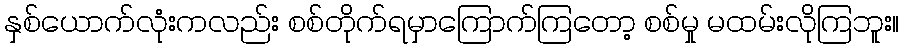
နှစ်ယောက်လုံးကလည်း စစ်တိုက်ရမှာကြောက်ကြတော့ စစ်မှု မထမ်းလိုကြဘူး။